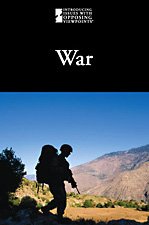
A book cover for War (Introducing Issues With Opposing Viewpoints); Lauri S. Friedman; Teen & Young Adult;